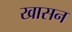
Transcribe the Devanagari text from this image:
खासन